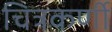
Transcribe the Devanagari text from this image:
चित्रकर्णी